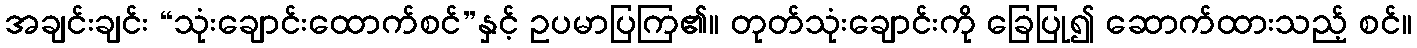
အချင်းချင်း “သုံးချောင်းထောက်စင်”နှင့် ဥပမာပြကြ၏။ တုတ်သုံးချောင်းကို ခြေပြု၍ ဆောက်ထားသည့် စင်။